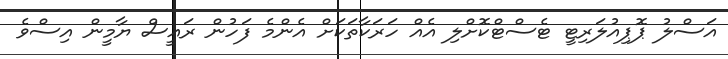
އަސްލު ޕޮޕިއުލަރިޓީ ޓެސްޓްކޮށްލި އެއް ހަރަކާތަކަށް އެންމެ ފަހުން ރައީސް ޔާމީން އިސްވެ